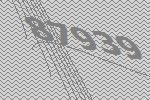
87939